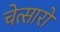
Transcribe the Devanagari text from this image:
चेत्सारो